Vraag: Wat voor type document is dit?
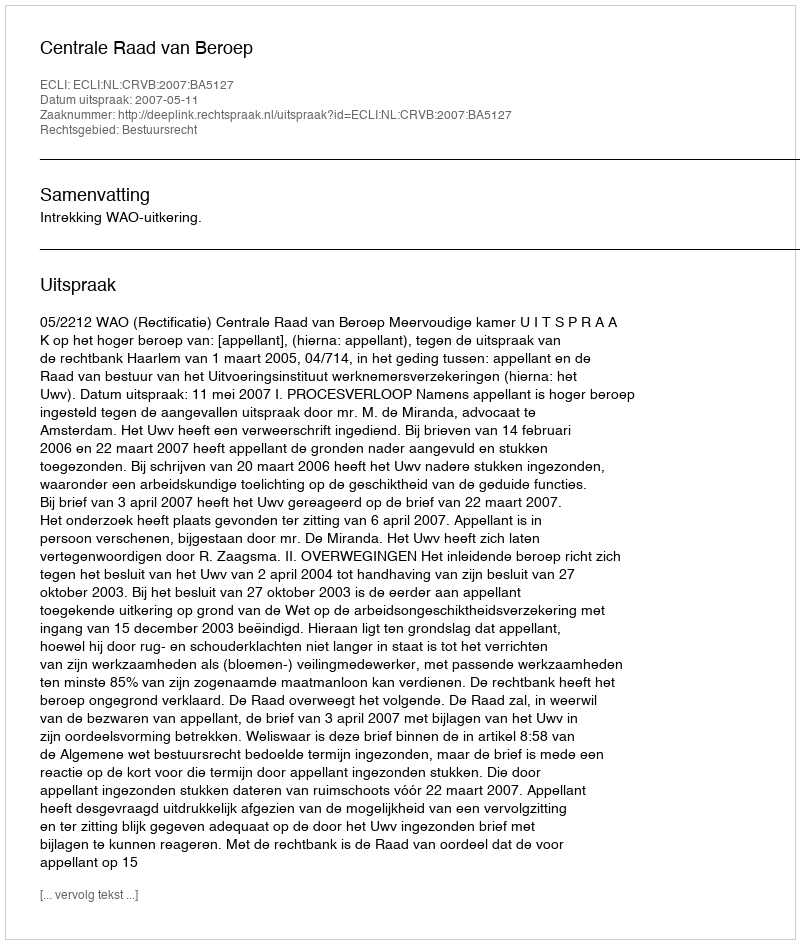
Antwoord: Uitspraak